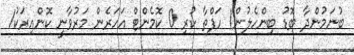
ބުނަމުންދާ ބޮޑު ބިންހެލުން1 ހަފްތާ ކުރި 0 ކޮމެންޓް އަހަރެން މަރުވާނީ ކޮންއިރަކު1